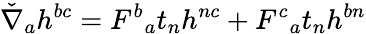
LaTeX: \check{\nabla}_{a}h^{bc}=F^{b}{}_{a}t_{n}h^{nc}+F^{c}{}_{a}t_{n}h^{bn}